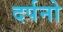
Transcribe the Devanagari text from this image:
दर्पनो